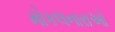
મોકલનારાઓ